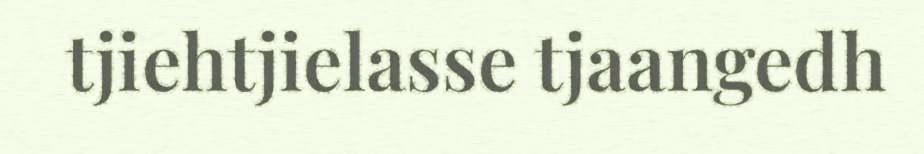
tjiehtjielasse tjaangedh